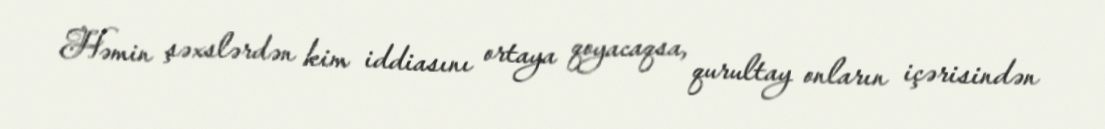
Həmin şəxslərdən kim iddiasını ortaya qoyacaqsa, qurultay onların içərisindən